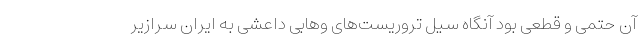
آن حتمی و قطعی بود آنگاه سیل تروریست‌های وهابی داعشی به ایران سرازیر